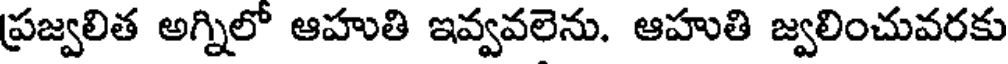
ప్రజ్వలిత అగ్నిలో ఆహుతి ఇవ్వవలెను. ఆహుతి జ్వలించువరకు